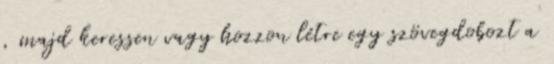
, majd keressen vagy hozzon létre egy szövegdobozt a